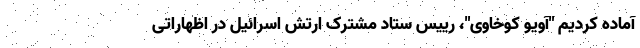
آماده کردیم "آویو کوخاوی"، رییس ستاد مشترک ارتش اسرائیل در اظهاراتی